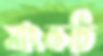
সাংকচি